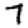
Digit: 7